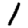
Digit: 1